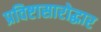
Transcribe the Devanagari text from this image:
प्रविष्टासारोद्धार